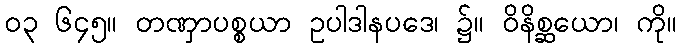
၀၃ ၆၄၅။ တဏှာပစ္စယာ ဥပါဒါနပဒေ၊ ၌။ ဝိနိစ္ဆယော၊ ကို။